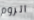
الروم